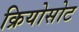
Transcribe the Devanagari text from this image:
क्रियोसोट